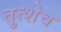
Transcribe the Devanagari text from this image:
तुत्शेव